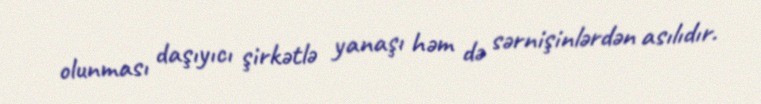
olunması daşıyıcı şirkətlə yanaşı həm də sərnişinlərdən asılıdır.